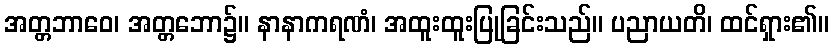
အတ္တဘာဝေ၊ အတ္တဘော၌။ နာနာကရဏံ၊ အထူးထူးပြုခြင်းသည်။ ပညာယတိ၊ ထင်ရှား၏။